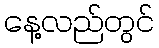
နေ့လည်တွင်